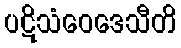
ပဋိသံဝေဒေသီတိ